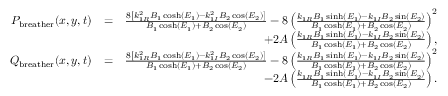
\begin{array} { r l r } { P _ { \mathrm { b r e a t h e r } } ( x , y , t ) } & { = } & { \frac { 8 \left[ k _ { 1 R } ^ { 2 } B _ { 1 } \cosh ( E _ { 1 } ) - k _ { 1 I } ^ { 2 } B _ { 2 } \cos ( E _ { 2 } ) \right] } { B _ { 1 } \cosh ( E _ { 1 } ) + B _ { 2 } \cos ( E _ { 2 } ) } - 8 \left( \frac { k _ { 1 R } B _ { 1 } \sinh ( E _ { 1 } ) - k _ { 1 I } B _ { 2 } \sin ( E _ { 2 } ) } { B _ { 1 } \cosh ( E _ { 1 } ) + B _ { 2 } \cos ( E _ { 2 } ) } \right) ^ { 2 } } \\ & { } & { \qquad + 2 A \left( \frac { k _ { 1 R } B _ { 1 } \sinh ( E _ { 1 } ) - k _ { 1 I } B _ { 2 } \sin ( E _ { 2 } ) } { B _ { 1 } \cosh ( E _ { 1 } ) + B _ { 2 } \cos ( E _ { 2 } ) } \right) , } \\ { Q _ { \mathrm { b r e a t h e r } } ( x , y , t ) } & { = } & { \frac { 8 \left[ k _ { 1 R } ^ { 2 } B _ { 1 } \cosh ( E _ { 1 } ) - k _ { 1 I } ^ { 2 } B _ { 2 } \cos ( E _ { 2 } ) \right] } { B _ { 1 } \cosh ( E _ { 1 } ) + B _ { 2 } \cos ( E _ { 2 } ) } - 8 \left( \frac { k _ { 1 R } B _ { 1 } \sinh ( E _ { 1 } ) - k _ { 1 I } B _ { 2 } \sin ( E _ { 2 } ) } { B _ { 1 } \cosh ( E _ { 1 } ) + B _ { 2 } \cos ( E _ { 2 } ) } \right) ^ { 2 } } \\ & { } & { \qquad - 2 A \left( \frac { k _ { 1 R } B _ { 1 } \sinh ( E _ { 1 } ) - k _ { 1 I } B _ { 2 } \sin ( E _ { 2 } ) } { B _ { 1 } \cosh ( E _ { 1 } ) + B _ { 2 } \cos ( E _ { 2 } ) } \right) . } \end{array}